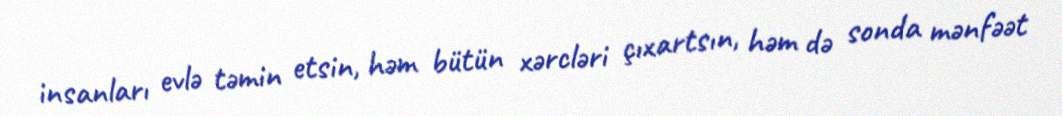
insanları evlə təmin etsin, həm bütün xərcləri çıxartsın, həm də sonda mənfəət